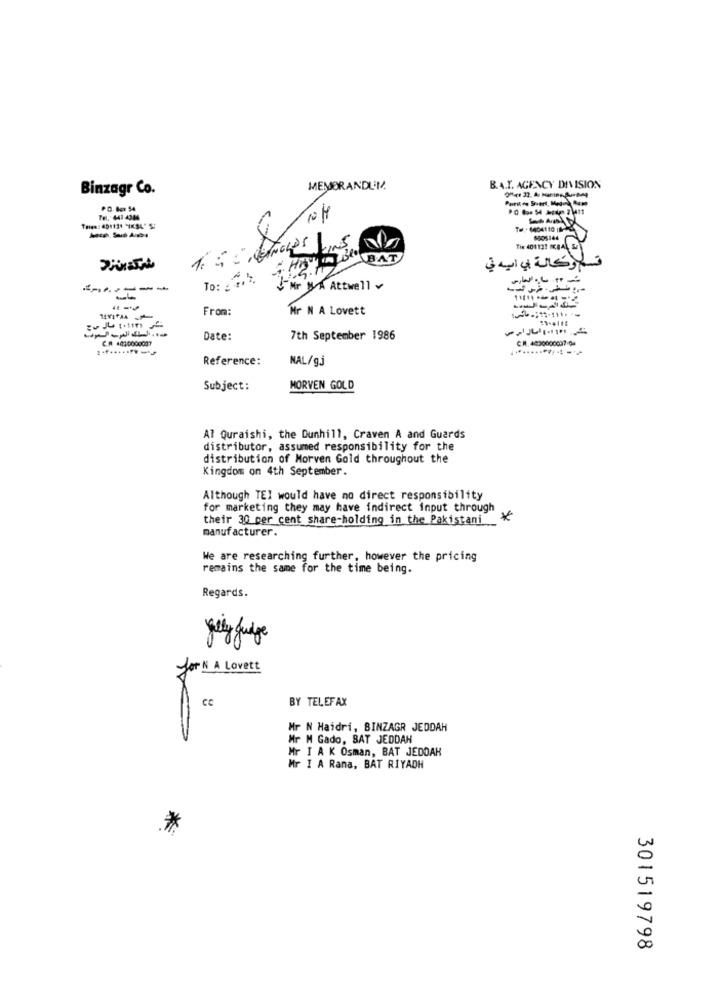
B.A.T. AGENCY DIVISION
Binzagr Co.
MEMORANDUM
PO. Box 54
Tel. : 441 -4344
10 H
#8404110 |
5505144
Tix 401131 ,84\
ABAT
وكالة في ايه في
To: : 3. 2.
Mr NA Attwell
From:
Mr N A Lovett
C.A .010000007
Date:
7th September 1986
CA. 4830000037-04
Reference:
NAL/g.j
Subject:
MORVEN GOLD
Al Quraishi, the Dunhill, Craven A and Guards
distributor, assumed responsibility for the
distribution of Morven Gold throughout the
Kingdom on 4th September.
Although TEI would have no direct responsibility
for marketing they may have indirect input through
their 30 per cent share-holding in the Pakistani_
*
manufacturer.
We are researching further, however the pricing
remains the same for the time being.
Regards.
July Judge
for N A Lovett
CC
BY TELEFAX
Mr N Haidri, BINZAGR JEDDAH
Mr M Gado, SAT JEDDAH
Mr I A K Osman, BAT JEDOAK
Mr I A Rana, BAT RIYADH
*
301519798